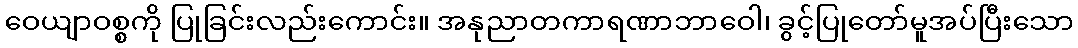
ဝေယျာဝစ္စကို ပြုခြင်းလည်းကောင်း။ အနုညာတကာရဏာဘာဝေါ၊ ခွင့်ပြုတော်မူအပ်ပြီးသော